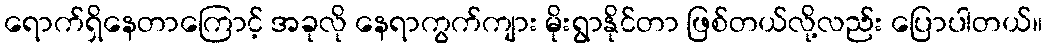
ရောက်ရှိနေတာကြောင့် အခုလို နေရာကွက်ကျား မိုးရွာနိုင်တာ ဖြစ်တယ်လို့လည်း ပြောပါတယ်။